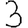
Digit: 3